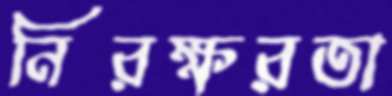
নিরক্ষরতা